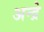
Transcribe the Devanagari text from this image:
अन्द्रे